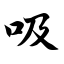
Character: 吸